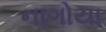
નાગોયા